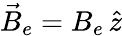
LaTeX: \vec{B}_{e}=B_{e}\, \hat{z}